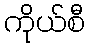
ကိုယ်စီ